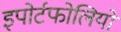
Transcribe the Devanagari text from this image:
इपोर्टफोलियो